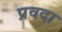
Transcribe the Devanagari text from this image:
प्रवदा